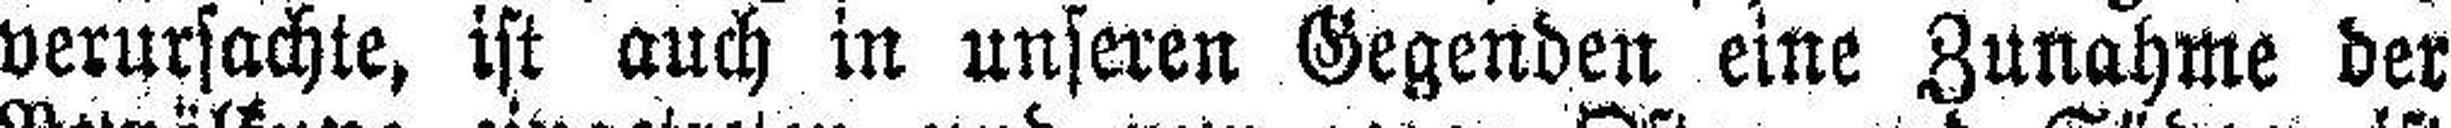
verursachte, ist auch in unseren Gegenden eine Zunahme der